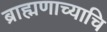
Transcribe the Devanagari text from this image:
ब्राह्मणाच्याचि